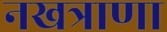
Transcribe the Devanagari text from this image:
नखत्राणा